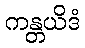
ကန္တယိဒံ